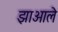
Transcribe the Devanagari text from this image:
झाआले